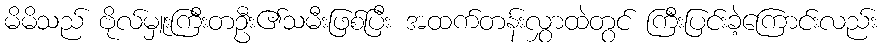
မိမိသည် ဗိုလ်မှူးကြီးတဦး၏သမီးဖြစ်ပြီး အထက်တန်းလွှာထဲတွင် ကြီးပြင်းခဲ့ကြောင်းလည်း